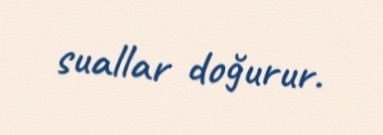
suallar doğurur.